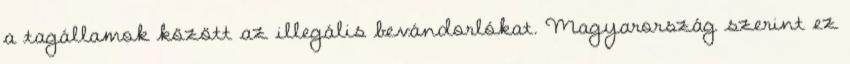
a tagállamok között az illegális bevándorlókat. Magyarország szerint ez